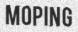
MOPING